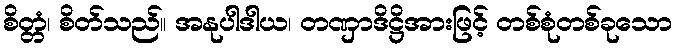
စိတ္တံ၊ စိတ်သည်။ အနုပါဒါယ၊ တဏှာဒိဋ္ဌိအားဖြင့် တစ်စုံတစ်ခုသော